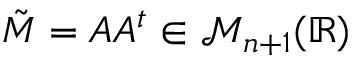
\Tilde { M } = A A ^ { t } \in \mathcal { M } _ { n + 1 } ( \mathbb { R } )